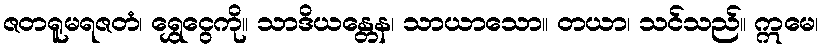
ဇတရူမရဇတံ၊ ရွှေငွေကို။ သာဒိယန္တေန၊ သာယာသော။ တယာ၊ သင်သည်။ ဣမေ၊